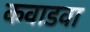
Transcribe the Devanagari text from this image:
कवाडवा